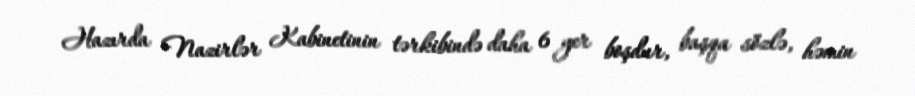
Hazırda Nazirlər Kabinetinin tərkibində daha 6 yer boşdur, başqa sözlə, həmin